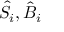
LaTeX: { \hat { S } } _ { i } , { \hat { B } } _ { i }